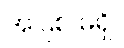
အပြစ် မရှိ။